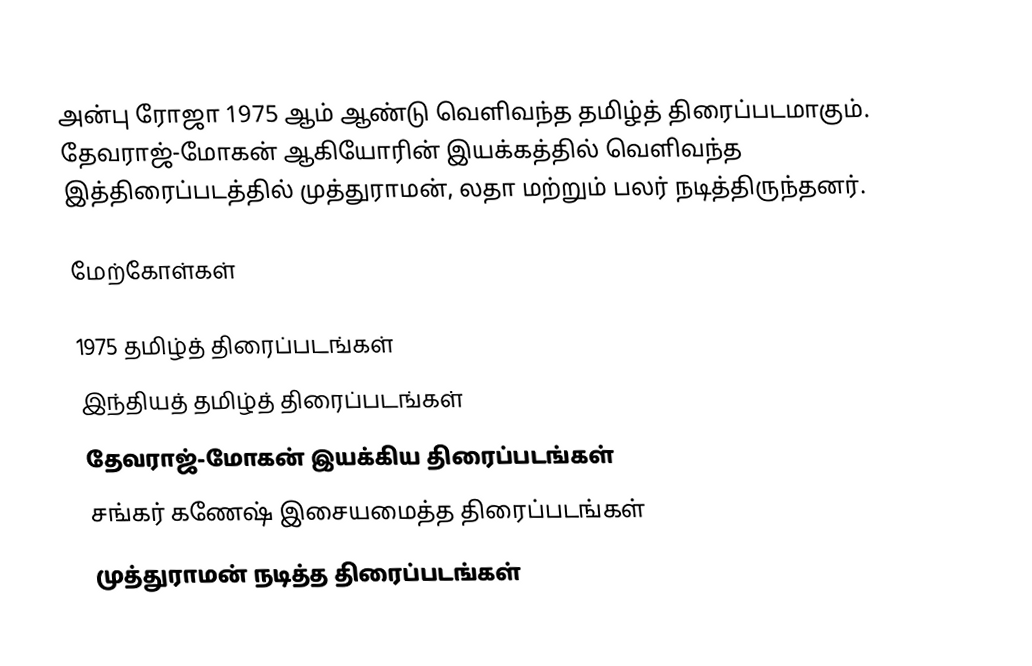
அன்பு ரோஜா 1975 ஆம் ஆண்டு வெளிவந்த தமிழ்த் திரைப்படமாகும். தேவராஜ்-மோகன்  ஆகியோரின் இயக்கத்தில் வெளிவந்த இத்திரைப்படத்தில் முத்துராமன், லதா மற்றும் பலர் நடித்திருந்தனர்.

மேற்கோள்கள்

1975 தமிழ்த் திரைப்படங்கள்
இந்தியத் தமிழ்த் திரைப்படங்கள்
தேவராஜ்-மோகன் இயக்கிய திரைப்படங்கள்
சங்கர் கணேஷ் இசையமைத்த திரைப்படங்கள்
முத்துராமன் நடித்த திரைப்படங்கள்